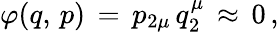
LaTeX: \varphi(q,\, p)\, =\, p_{2\mu}\, q_{2}^{\mu}\, \approx\, 0\, {,}